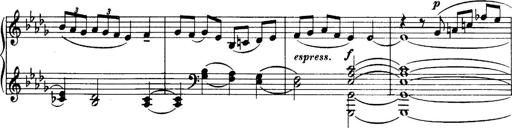
Title: 3 Sonatinas, Op.67
Composer: Jean Sibelius